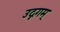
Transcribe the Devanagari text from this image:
उद्गगम्